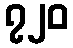
၇၂၀